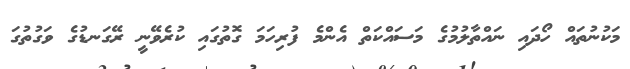
މަކުނުތައް ހޯދައި ނައްތާލުމުގެ މަސައްކަތް އެންމެ ފުރިހަމަ ގޮތުގައި ކުރެވޭނީ ރޭގަނޑުގެ ވަގުތުގަ